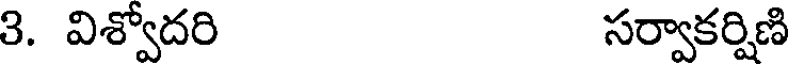
3. విశ్వోదరి సర్వాకర్షిణి